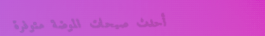
أحدث صيحات الموضة متوفرة